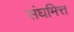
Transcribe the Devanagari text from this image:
संघमित्त